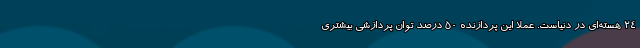
24 هسته‌ای در دنیاست. عملا این پردازنده ۵۰ درصد توان پردازشی بیشتری